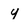
Character: y